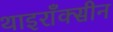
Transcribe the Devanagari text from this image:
थाइराँक्सीन